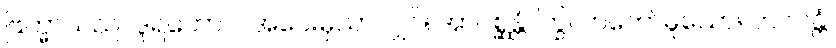
ဗြဟ္မာသည်။ ဒူရတောဝ၊ အဝေးမှသာလျှင်။ အာဂစ္ဆန္တံ၊ ကြွလာတော်မူသော။ ဘဂဝန္တံ၊